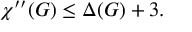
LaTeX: \chi ^ { \prime \prime } ( G ) \leq \Delta ( G ) + 3 .